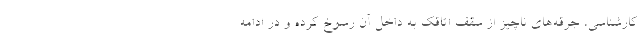
کارشناسی، جرقه‌های ناچیز از سقف اتاقک به داخل آن رسوخ کرده و در ادامه